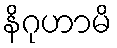
နိဂုဟာမိ